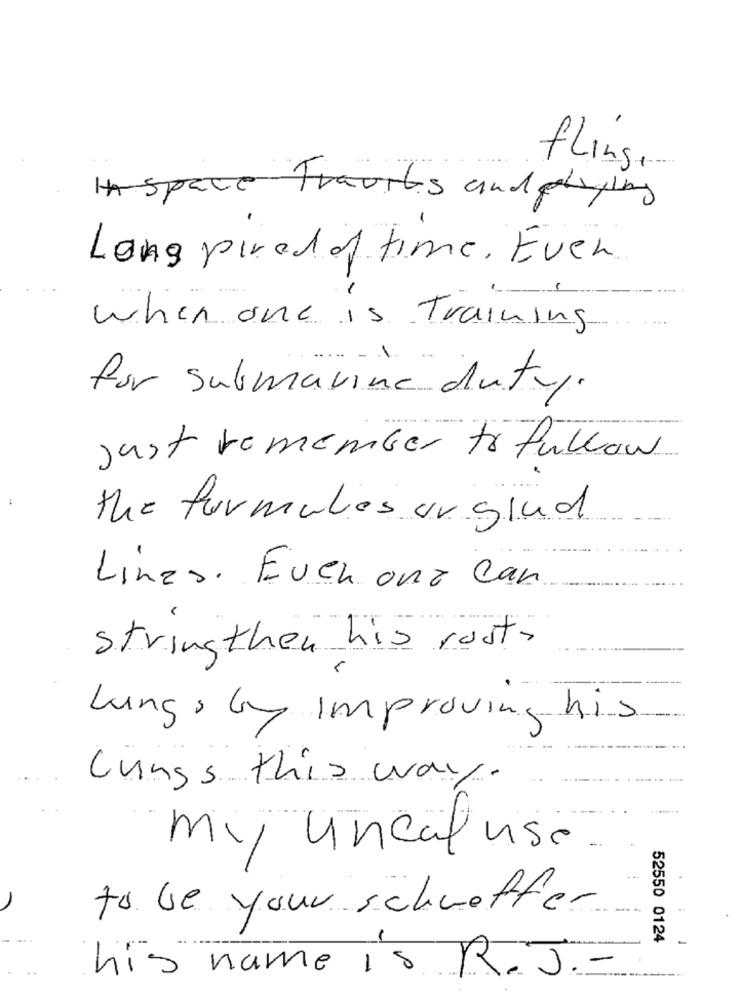
fling
HASpace Travils and playing
Lang pired of time. Even.
when one is Training
for submarine duty.
just remember to fullow
the formules or grad
Lines. Even onz Can
stringthen his roots
Lungs by Improving his
Lungs this way.
my uncal use
to be your schweffer
52550 0124
his name is R.J. -